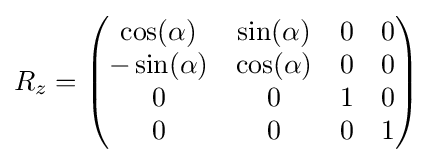
R_{z}={\begin{pmatrix}\cos(\alpha )&\sin(\alpha )&0&0\\-\sin(\alpha )&\cos(\alpha )&0&0\\0&0&1&0\\0&0&0&1\end{pmatrix}}